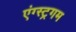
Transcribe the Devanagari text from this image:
एंग्स्ट्रगम